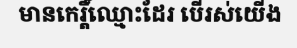
មានកេរ្តិ៍ឈ្មោះដែរ បើរស់យើង